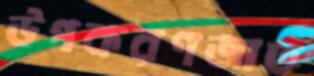
উপকরণজাত